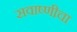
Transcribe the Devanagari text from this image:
सवाष्णीचा